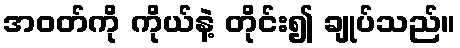
အဝတ်ကို ကိုယ်နဲ့ တိုင်း၍ ချုပ်သည်။